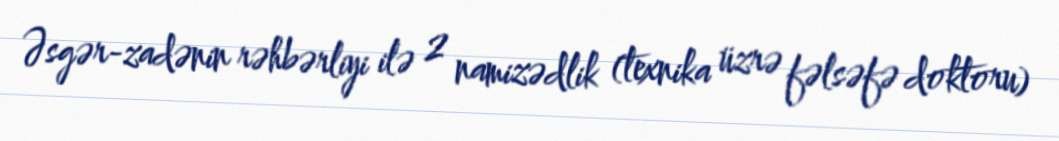
Əsgər-zadənin rəhbərliyi ilə 2 namizədlik (texnika üzrə fəlsəfə doktoru)